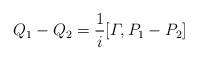
LaTeX: \begin{align*}Q_1 - Q_2& = \frac{1}{i} [\varGamma, P_1 - P_2] \end{align*}